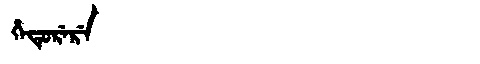
Manchu: ᡥᡝᡨᡠᡵᡝᡵᡝ
Romanization: HETURERE